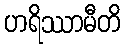
ဟရိဿာမီတိ